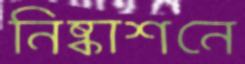
নিষ্কাশনে